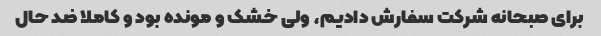
برای صبحانه شرکت سفارش دادیم، ولی خشک و مونده بود و کاملا ضد حال